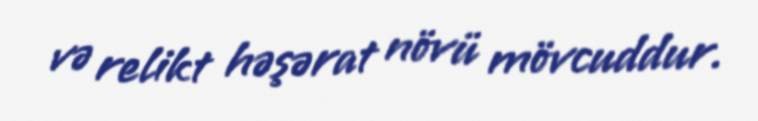
və relikt həşərat növü mövcuddur.